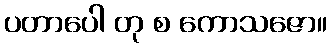
ပတာပေါ တု စ ကောသဇော။